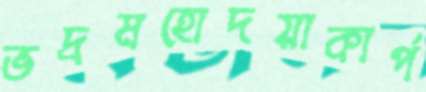
ভদ্রমহোদয়াকার্প